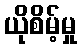
ယိုစိမ့်မှု